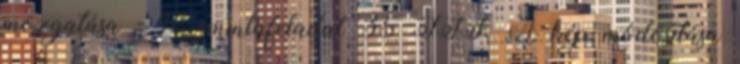
mozgatása - 16. mintafeladat 35 III. A kép módosítása